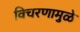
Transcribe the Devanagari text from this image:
विचरणामुळे